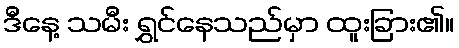
ဒီနေ့ သမီး ရွှင်နေသည်မှာ ထူးခြား၏။